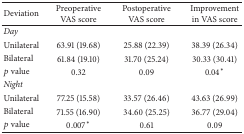
<table><thead><tr><td><b>Deviation</b></td><td><b>PreoperativeVAS score</b></td><td><b>PostoperativeVAS score</b></td><td><b>Improvementin VAS score</b></td></tr></thead><tbody><tr><td><i>Day </i></td><td> </td><td> </td><td> </td></tr><tr><td>Unilateral</td><td>63.91 (19.68)</td><td>25.88 (22.39)</td><td>38.39 (26.34)</td></tr><tr><td>Bilateral</td><td>61.84 (19.10)</td><td>31.70 (25.24)</td><td>30.33 (30.41)</td></tr><tr><td><i>p</i> value</td><td>0.32</td><td>0.09</td><td>0.04<sup><i>∗</i></sup></td></tr><tr><td><i>Night</i></td><td> </td><td> </td><td> </td></tr><tr><td>Unilateral</td><td>77.25 (15.58)</td><td>33.57 (26.46)</td><td>43.63 (26.99)</td></tr><tr><td>Bilateral</td><td>71.55 (16.90)</td><td>34.60 (25.25)</td><td>36.77 (29.04)</td></tr><tr><td><i>p</i> value</td><td>0.007<sup><i>∗</i></sup></td><td>0.61</td><td>0.09</td></tr></tbody></table>